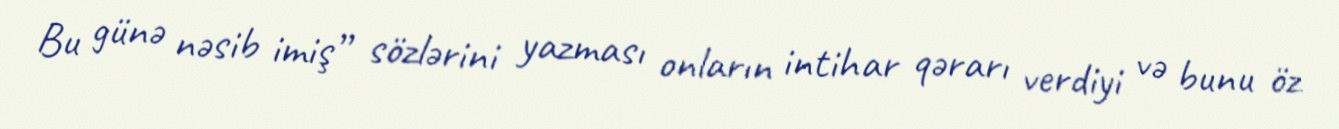
Bu günə nəsib imiş” sözlərini yazması onların intihar qərarı verdiyi və bunu öz